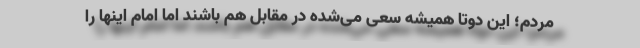
مردم؛ این دوتا همیشه سعی می‌شده در مقابل هم باشند اما امام اینها را